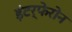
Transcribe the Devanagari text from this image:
इंटर्फेरोन